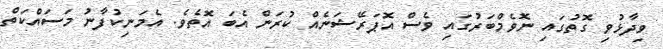
ވިދާޅުވި ގޮތުގައި ނޮވެމްބަރުގައި ވެސް އޮޕަރޭޝަނެއް ކުރަން އެބަ އޮތެވެ. އެމަނިކުފާނު މަސައްކަތް